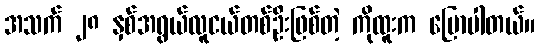
အသက် ၂၈ နှစ်အရွယ်လူငယ်တစ်ဦးဖြစ်တဲ့ ကိုထူးက ပြောပါတယ်။